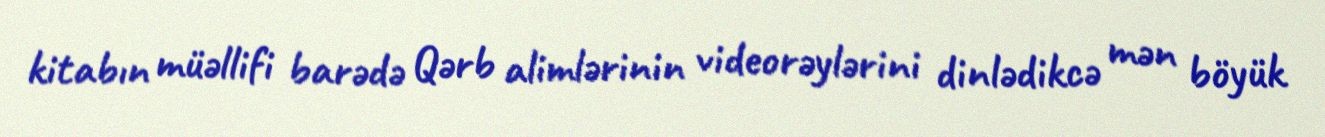
kitabın müəllifi barədə Qərb alimlərinin videorəylərini dinlədikcə mən böyük